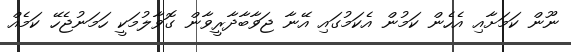
ނޫން ކަމަށާއި އެހެން ކަމުން އެކަމުގައި އޭނާ ޖަވާބާދާރީވާން ގޮވާލުމަކީ ހަމަނުޖެހޭ ކަމެއް